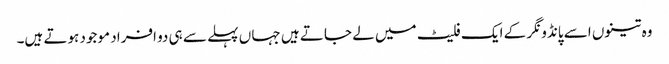
وہ تینوں اسے پانڈو نگر کے ایک فلیٹ میں لے جاتے ہیں جہا ں پہلے سے ہی دو افراد موجود ہوتے ہیں۔